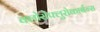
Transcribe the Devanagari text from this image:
क्लोरोफ्लुरोकार्बन्स